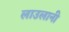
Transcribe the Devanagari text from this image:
लाउलानी